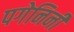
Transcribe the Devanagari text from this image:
पगेनिनी